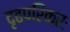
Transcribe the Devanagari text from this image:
दृढपरिकरः